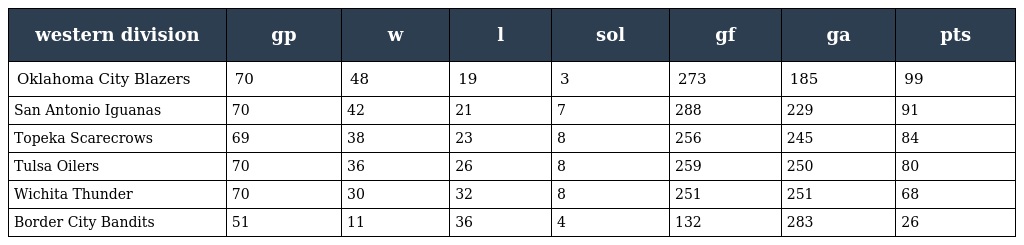
| western division | gp | w | l | sol | gf | ga | pts |
 | --- | --- | --- | --- | --- | --- | --- | --- |
 | Oklahoma City Blazers | 70 | 48 | 19 | 3 | 273 | 185 | 99 |
 | San Antonio Iguanas | 70 | 42 | 21 | 7 | 288 | 229 | 91 |
 | Topeka Scarecrows | 69 | 38 | 23 | 8 | 256 | 245 | 84 |
 | Tulsa Oilers | 70 | 36 | 26 | 8 | 259 | 250 | 80 |
 | Wichita Thunder | 70 | 30 | 32 | 8 | 251 | 251 | 68 |
 | Border City Bandits | 51 | 11 | 36 | 4 | 132 | 283 | 26 |